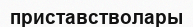
приставстволары